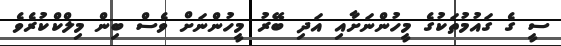
ސީ ގެ ގައުމުތަކުގެ މީހުންނަށާއި އަދި ބޭރު މީހުންނަށް ވެސް ބިން މިލްކްކުރެވެ